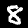
Label: 8